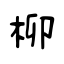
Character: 柳